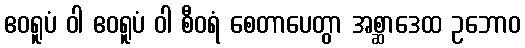
ဧဝရူပံ ဝါ ဧဝရူပံ ဝါ စီဝရံ စေတာပေတွာ အစ္ဆာဒေထ ဥဘောဝ